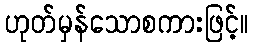
ဟုတ်မှန်သောစကားဖြင့်။